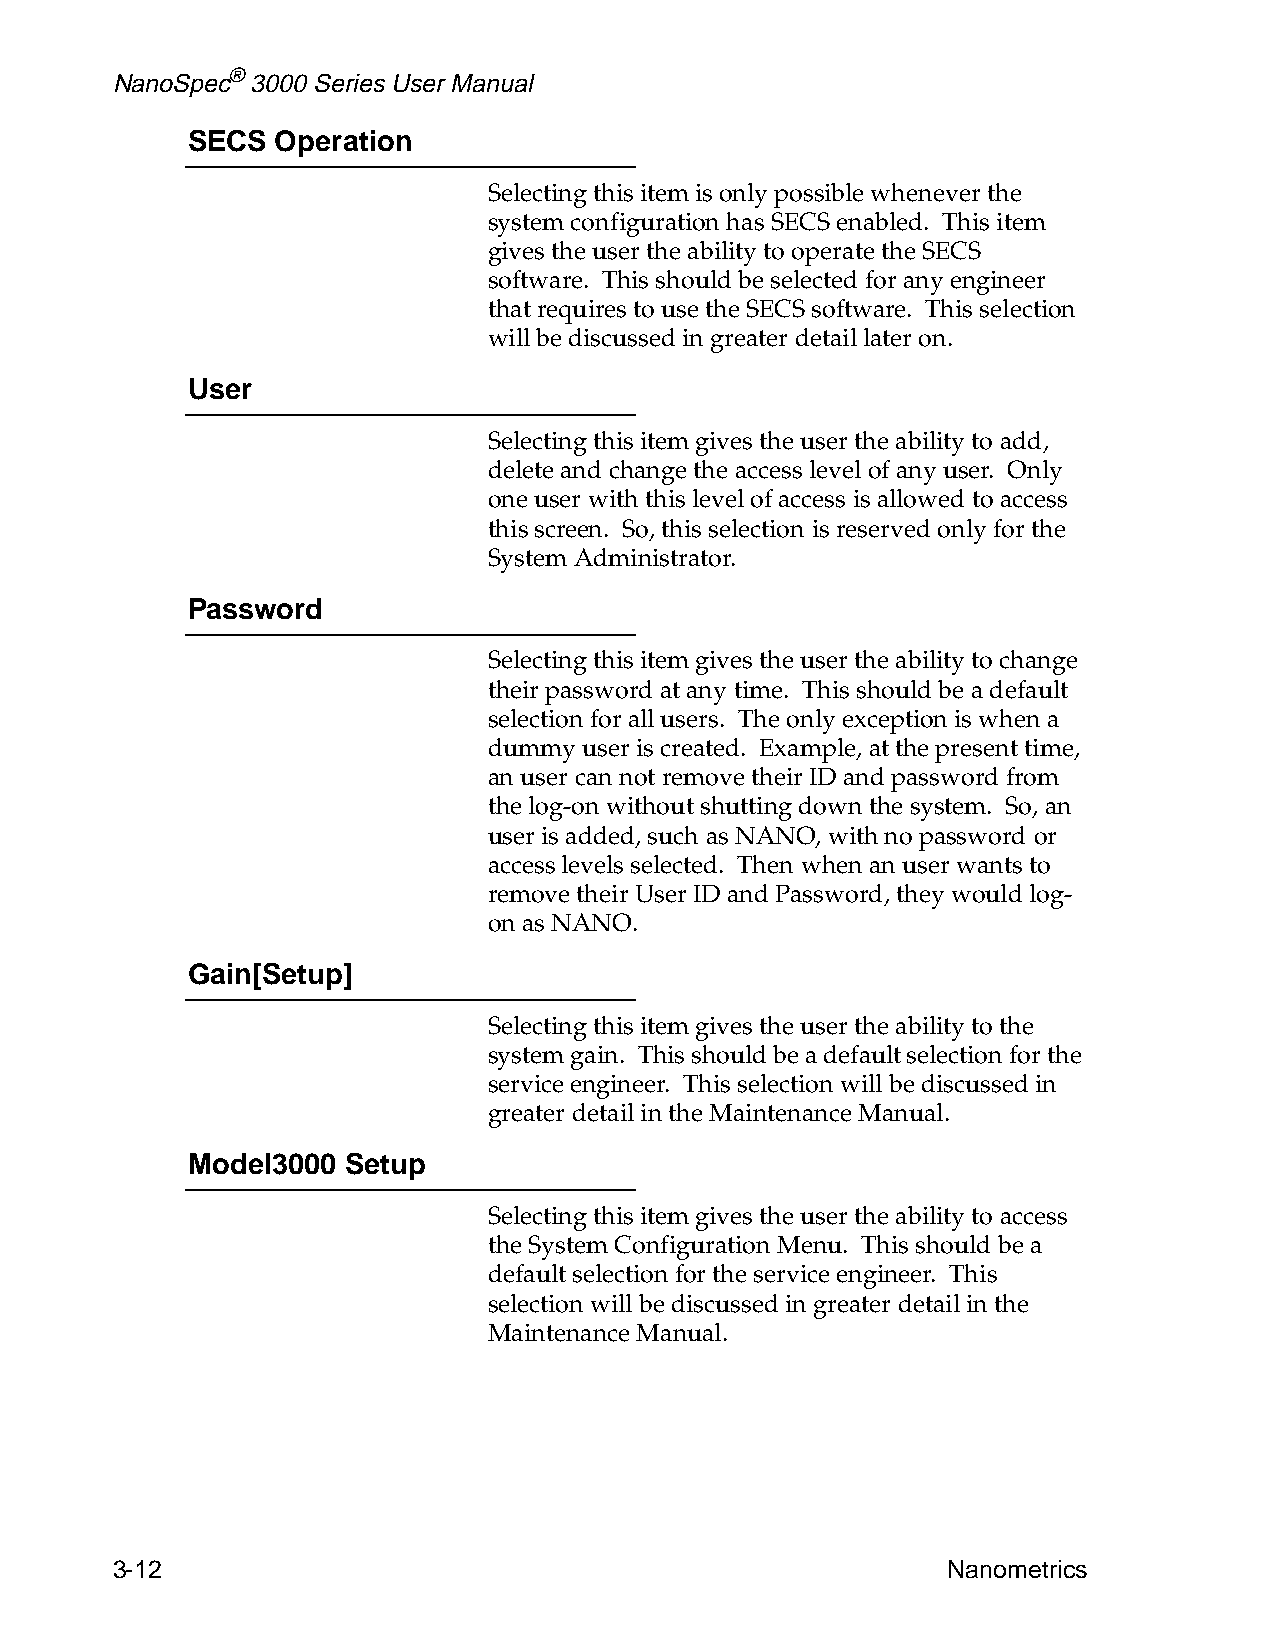
NanoSpec® 3000 Series User Manual
 SECS  Operation
 Selecting this item is only possible whenever the
 system configuration has SECS enabled. This item
 gives the user the ability to operate the SECS
 software. This should be selected for any engineer
 that requires to use the SECS software. This selection
 will be discussed in greater detail later on.
 User
 Selecting this item gives the user the ability to add,
 delete and change the access level of any user. Only
 one user with this level of access is allowed to access
 this screen. So, this selection is reserved only for the
 System Administrator.
 Password
 Selecting this item gives the user the ability to change
 their password at any time. This should be a default
 selection for all users. The only exception is when a
 dummy  user is created. Example, at the present time,
 an user can not remove their ID and password from
 the log-on without shutting down the system. So, an
 user is added, such as NANO, with no password or
 access levels selected. Then when an user wants to
 remove their User ID and Password, they would log-
 on as NANO.
 Gain[Setup]
 Selecting this item gives the user the ability to the
 system gain. This should be a default selection for the
 service engineer. This selection will be discussed in
 greater detail in the Maintenance Manual.
 Model3000  Setup
 Selecting this item gives the user the ability to access
 the System Configuration Menu. This should be a
 default selection for the service engineer. This
 selection will be discussed in greater detail in the
 Maintenance Manual.
 3-12                                                    Nanometrics